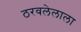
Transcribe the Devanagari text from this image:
ठरवलेलाला